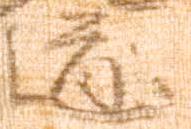
道